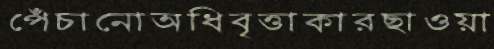
পেঁচানোঅধিবৃত্তাকারছাওয়া